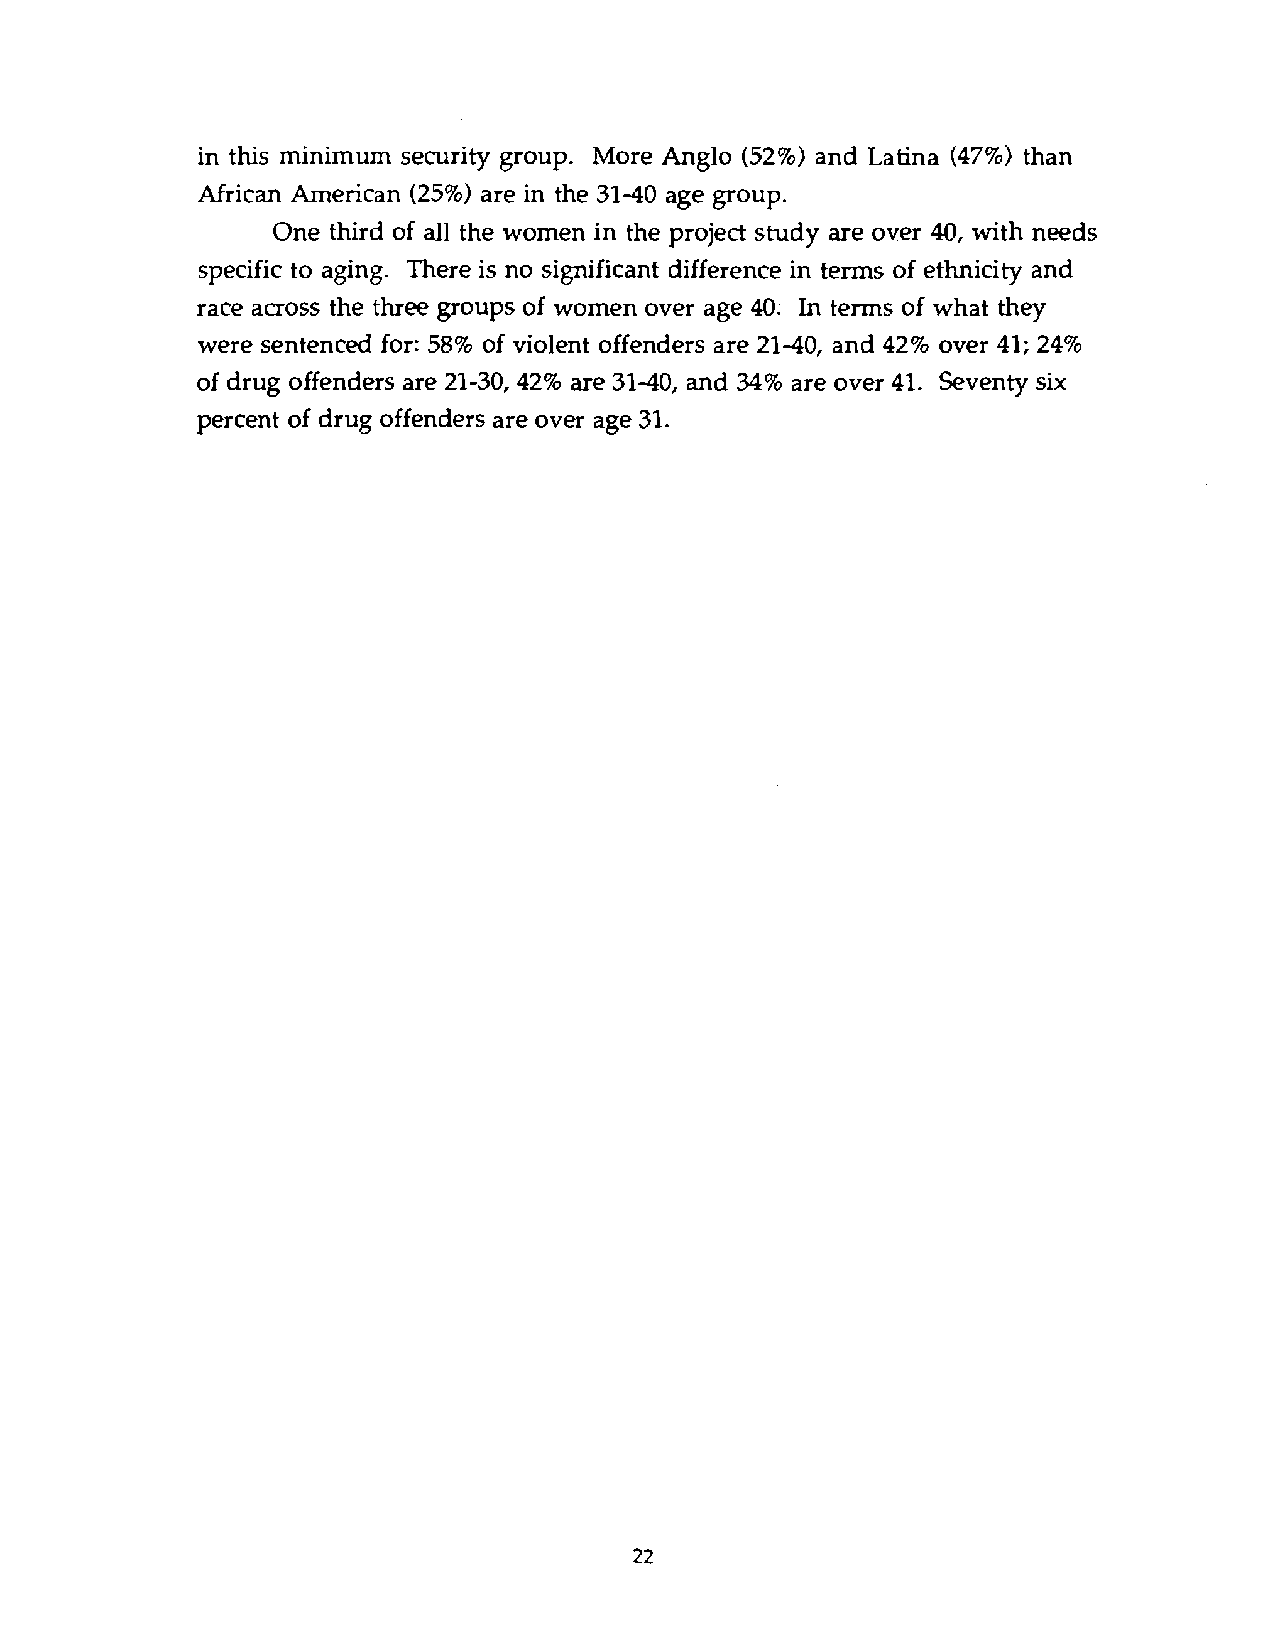
in this minimum security group. More Anglo (52%)a nd Latina (47%)t han
 African American (25%)a re in the 31-40 age group.
 One third of all the women in the project study are over 40, with needs
 specific to aging. There is no significant difference in terms of ethnicity and
 race aaoss the three groups of women over age 40: In terms of what they
 were sentenced for: 58% of violent offenders are 21-40, and 42% over 41; 24%
 of drug offenders are 21-30,42%a re 31-40, and 34% are over 41. Seventy six
 percent of drug offenders are over age 31.